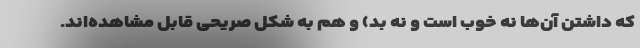
که داشتن آن‌ها نه خوب است و نه بد) و هم به شکل صریحی قابل مشاهده‌اند.